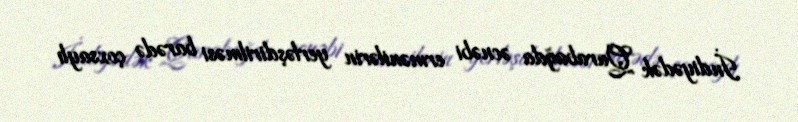
İndiyədək Qarabağda əcnəbi ermənilərin yerləşdirilməsi barədə çoxsaylı